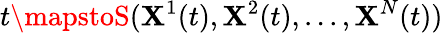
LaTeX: t\mapstoS(\mathbf{X}^{1}(t),\mathbf{X}^{2}(t),...,\mathbf{X}^{N}(t))